65_HS1-834228961_62-HQ-83894_Section_4
Agency: FBI
Page 58
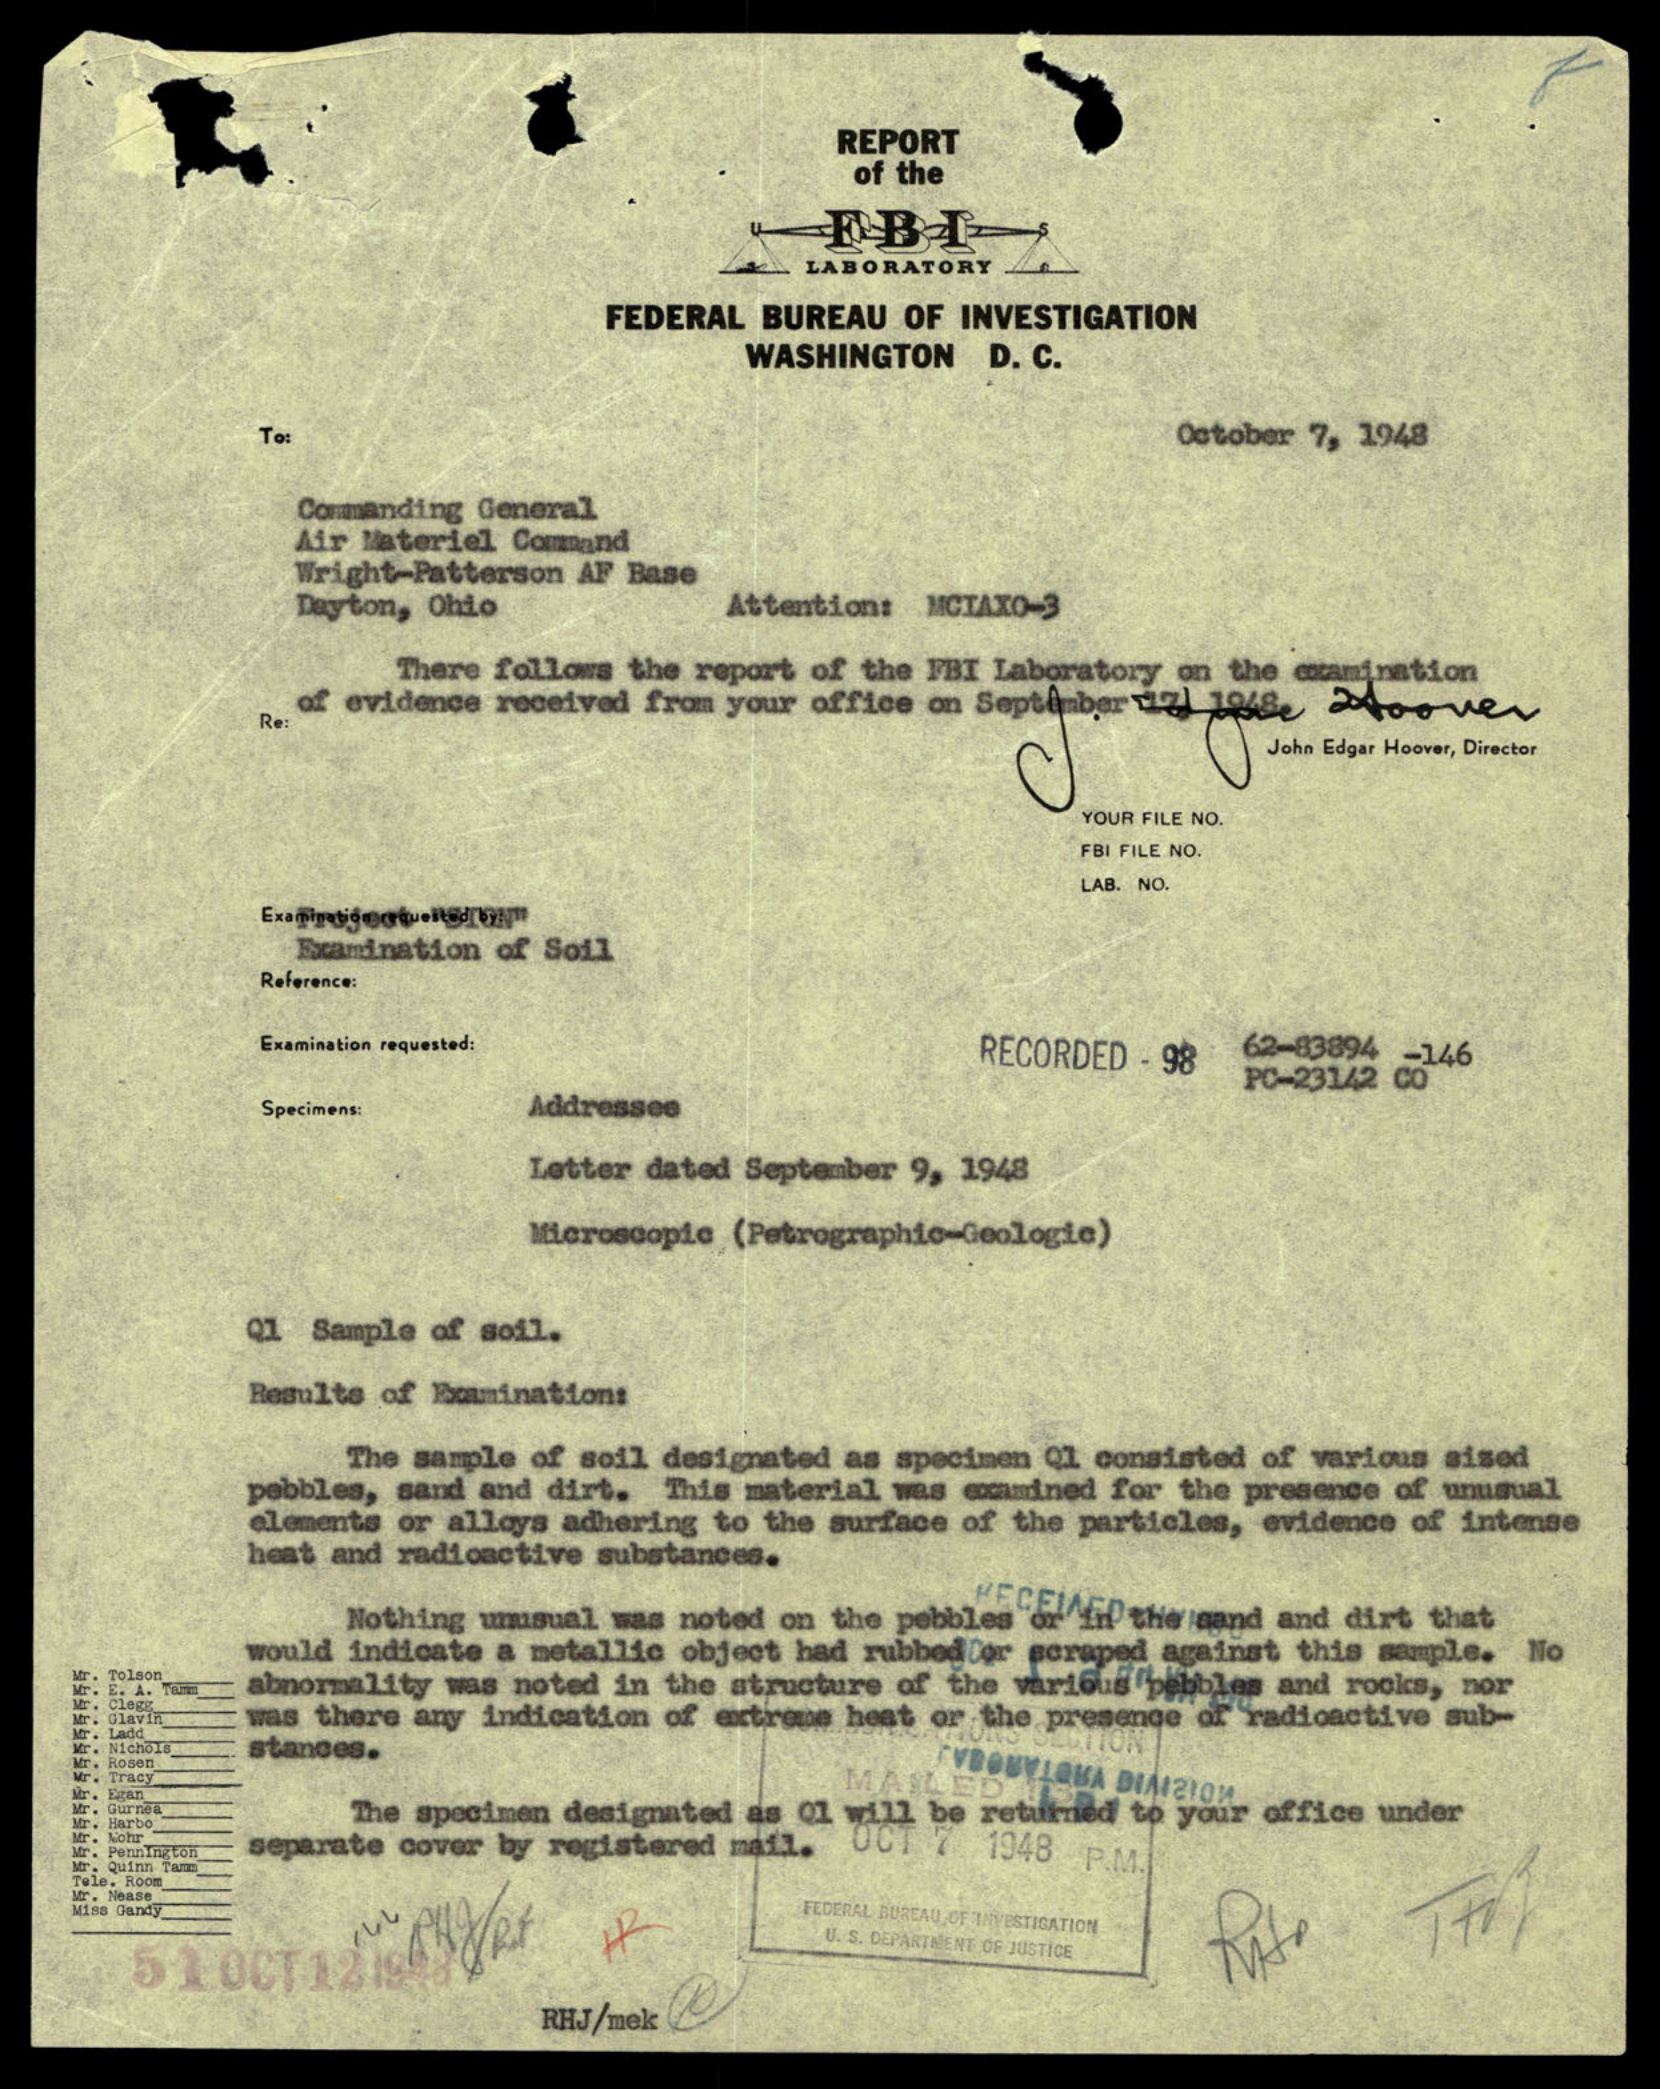